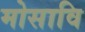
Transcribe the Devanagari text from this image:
मोसावि